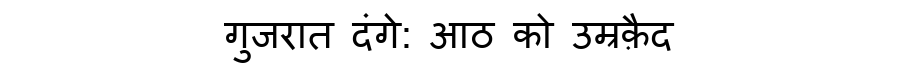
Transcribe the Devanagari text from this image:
गुजरात दंगे: आठ को उम्रक़ैद